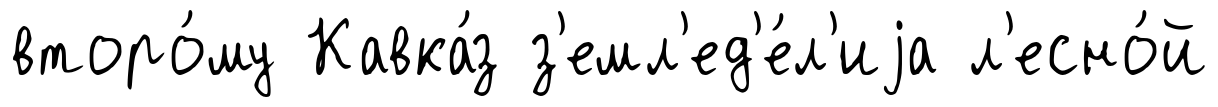
второ́му Кавка́з з'емл'ед'е́л'иjа л'есно́й